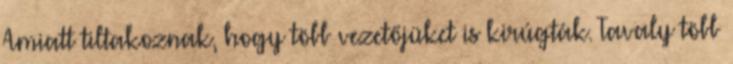
Amiatt tiltakoznak, hogy több vezetőjüket is kirúgták. Tavaly több